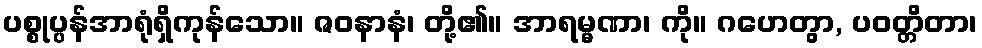
ပစ္စုပ္ပန်အာရုံရှိကုန်သော။ ဇဝနာနံ၊ တို့၏။ အာရမ္မဏာ၊ ကို။ ဂဟေတွာ, ပဝတ္တိတာ၊